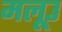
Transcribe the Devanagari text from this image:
मलूउ